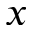
x